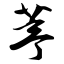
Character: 葶